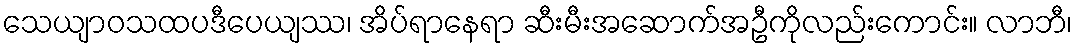
သေယျာဝသထပဒီပေယျဿ၊ အိပ်ရာနေရာ ဆီးမီးအဆောက်အဦကိုလည်းကောင်း။ လာဘီ၊